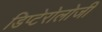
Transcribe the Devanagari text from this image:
डिप्टेरोलोजी